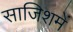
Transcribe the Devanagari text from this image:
साजिशमें